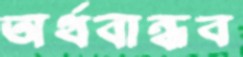
অর্থবান্ধব